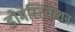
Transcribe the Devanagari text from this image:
डोमेस्टिकेशन